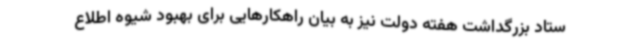
ستاد بزرگداشت هفته دولت نیز به بیان راهکارهایی برای بهبود شیوه اطلاع